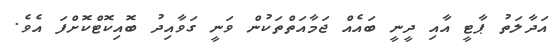
އަދާލަތު ޕާޓީ އާއި ދީނީ ބައެއް ޖަމާއަތްތަކުން ވަނީ ގަވާއިދު ބޮއިކޮޓްކޮށްފަ އެވެ.